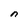
Character: n